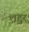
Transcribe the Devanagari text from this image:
लहुर